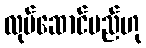
လုပ်ဆောင်မည်ဟု